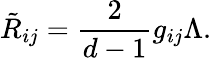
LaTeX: \tilde{R}_{ij}=\frac 2{d-1}g_{ij}\Lambda.